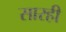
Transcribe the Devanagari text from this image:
सारही